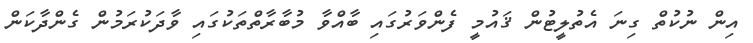
އިން ނުކުތް ގިނަ އެތުލީޓުން ޤައުމީ ފެންވަރުގައި ބާއްވާ މުބާރާތްތަކުގައި ވާދަކުރަމުން ގެންދާކަން